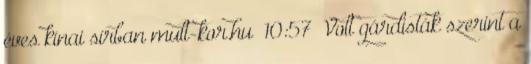
éves kínai sírban mult-kor.hu 10:57 Volt gárdisták szerint a